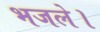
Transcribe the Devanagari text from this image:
भजले।